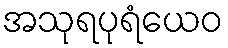
အသုရပုရံယေဝ